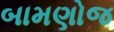
બામણોજ